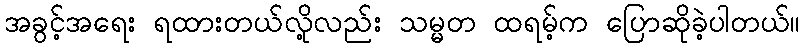
အခွင့်အရေး ရထားတယ်လို့လည်း သမ္မတ ထရမ့်က ပြောဆိုခဲ့ပါတယ်။